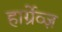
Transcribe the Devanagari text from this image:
हार्ग्रेव्ज़